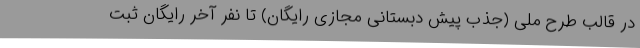
در قالب طرح ملی (جذب پیش دبستانی مجازی رایگان) تا نفر آخر رایگان ثبت